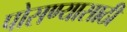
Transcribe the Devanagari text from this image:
पोसण्यासाठी